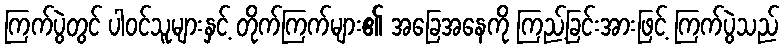
ကြက်ပွဲတွင် ပါဝင်သူများနှင့် တိုက်ကြက်များ၏ အခြေအနေကို ကြည့်ခြင်းအားဖြင့် ကြက်ပွဲသည်